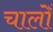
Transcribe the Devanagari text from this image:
चालोँ